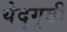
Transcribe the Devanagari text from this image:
येदुगुड़ी